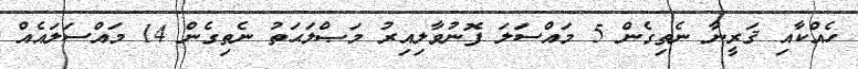
ހެއްކާއި ޤަރީނާ ނެތިގެން 5 މައްސަލަ ފޮނުވާލިއިރު މަޞްލަޙަތު ނެތިގެން 14 މައްސަލައެއް